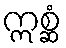
ဣစ္ဆံ